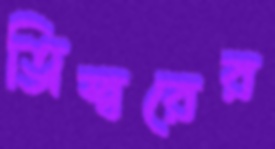
ত্রিস্বরের